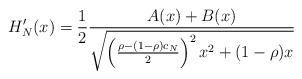
LaTeX: \begin{align*}H_N'(x) &= \frac12\frac{A(x)+B(x)}{\sqrt{\left( \frac{\rho-(1-\rho)c_N}2 \right)^2x^2+(1-\rho)x}}\end{align*}